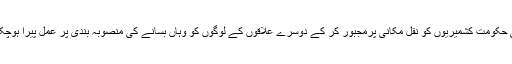
بھارتی حکومت کشمیریوں کو نقل مکانی پرمجبور کر کے دوسرے علاقوں کے لوگوں کو وہاں بسانے کی منصوبہ بندی پر عمل پیرا ہوچکی ہے۔